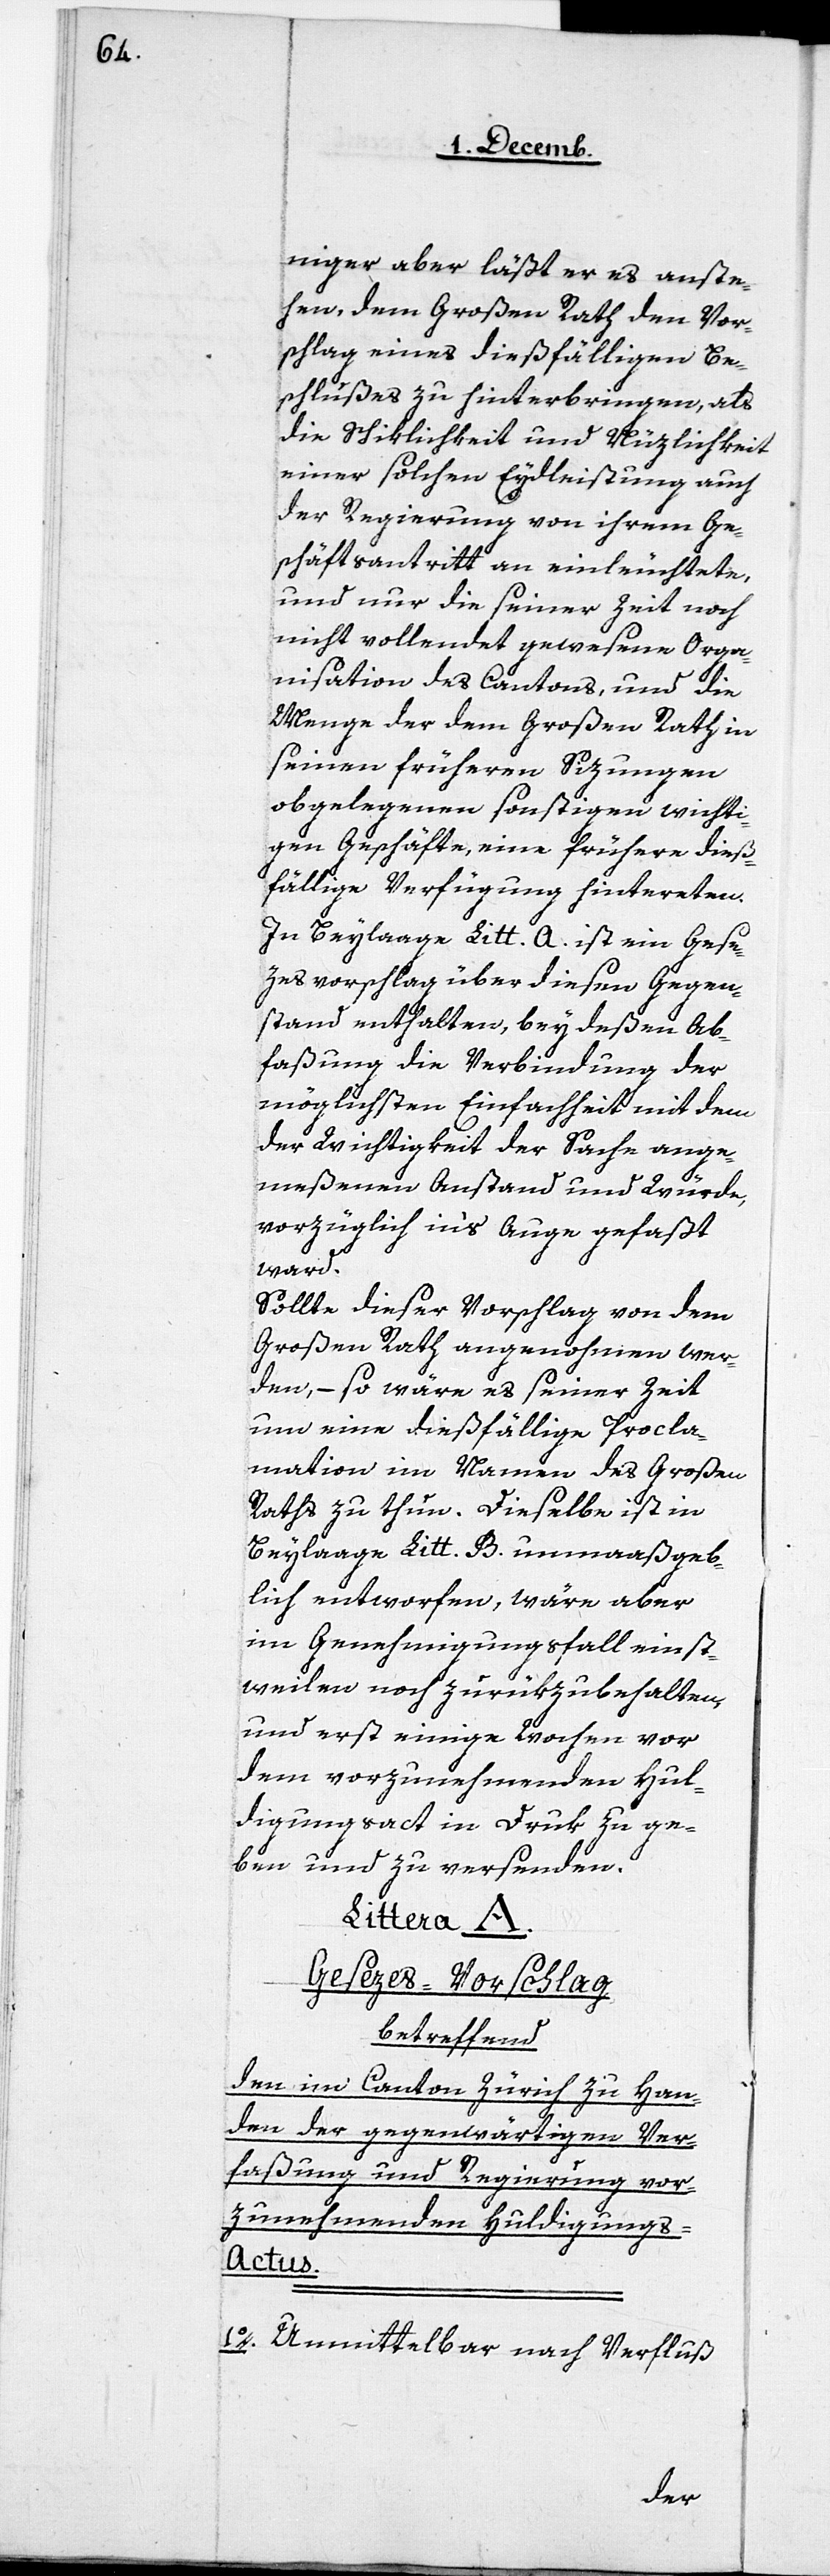
niger aber läßt er es anste¬
hen, dem Großen Rath den Vor¬
schlag eines dießfälligen Be¬
schlußes zu hinterbringen, als
die Schiklichkeit und Nüzlichkeit
einer solchen Eydleistung auch
der Regierung von ihrem Ge¬
schäftsantritt an einleuchtete,
und nur die seiner Zeit noch
nicht vollendet gewesene Orga¬
nisation des Cantons, und die
Menge der dem Großen Rath in
seinen früheren Sizungen
obgelegenen sonstigen wichti¬
gen Geschäfte, eine frühere dieß¬
fällige Verfügung hintereten.
In Beylage Litt. A. ist ein Gese¬
zesvorschlag über diesen Gegen¬
stand enthalten, bey deßen Ab¬
faßung die Verbindung der
möglichsten Einfachheit mit dem
der Wichtigkeit der Sache ange¬
meßenen Anstand und Würde,
vorzüglich in‘s Auge gefaßt
ward.
Sollte dieser Vorschlag von dem
Großen Rath angenohmen wer¬
den, – so wäre es seiner Zeit
um eine dießfällige Procla¬
mation im Namen des Großen
Raths zu thun. Dieselbe ist in
Beylage Litt. B. unmaßgeb¬
lich entworfen, wäre aber
im Genehmigungsfall einst¬
weilen noch zurükzubehalten,
und erst einige Wochen vor
dem vorzunehmenden Hul¬
digungsact in Druck zu ge¬
ben und zu versenden.
Littera A.
Gesezes-Vorschlag
betreffend
den im Canton Zürich zu Han¬
den der gegenwärtigen Ver¬
faßung und Regierung vor¬
zunehmenden Huldigungs-A¬
ctus.
1. Unmittelbar nach Verfluß